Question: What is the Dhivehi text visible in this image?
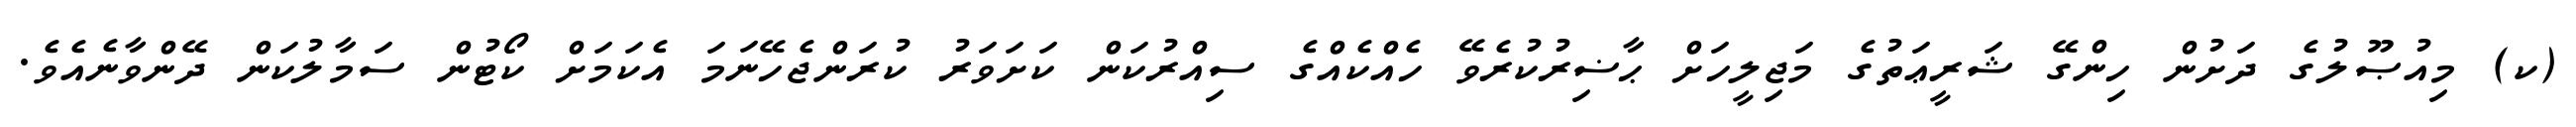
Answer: (ކ) މިއުޞޫލުގެ ދަށުން ހިންގޭ ޝަރީޢަތުގެ މަޖިލީހަށް ޙާޟިރުކުރެވޭ ހެއްކެއްގެ ސިއްރުކަން ކަށަވަރު ކުރަންޖެހޭނަމަ އެކަމަށް ކޯޓުން ސަމާލުކަން ދޭންވާނެއެވެ.